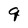
Character: q